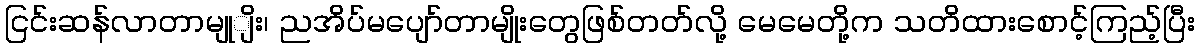
ငြင်းဆန်လာတာမျုျိး၊ ညအိပ်မပျော်တာမျိုးတွေဖြစ်တတ်လို့ မေမေတို့က သတိထားစောင့်ကြည့်ပြီး